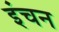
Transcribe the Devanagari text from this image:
इंचन